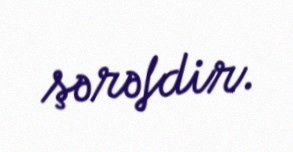
şərəfdir.